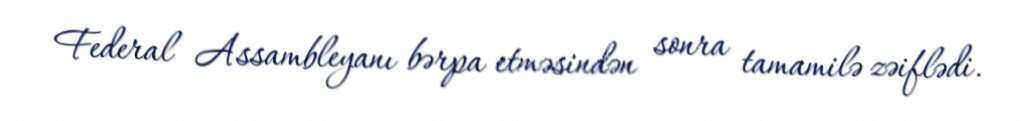
Federal Assambleyanı bərpa etməsindən sonra tamamilə zəiflədi.